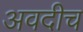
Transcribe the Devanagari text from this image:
अवदीच